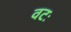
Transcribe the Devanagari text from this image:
वटः